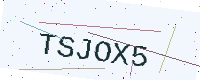
Text: TSJOX5